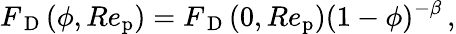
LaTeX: {F_{\mathrm{~D~}}}(\phi,Re_{\mathrm{p}})={F_{\mathrm{~D~}}}(0,Re_{\mathrm{p}})(1-\phi)^{-\beta}\, ,